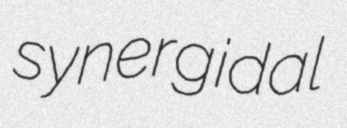
synergidal